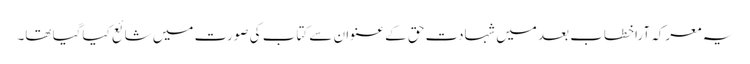
یہ معرکہ آراخطاب بعد میں شہادت حق کے عنوان سے کتاب کی صورت میں شائع کیاگیا تھا۔